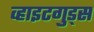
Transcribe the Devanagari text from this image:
व्हाइटगुड्स